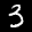
Label: 3